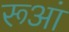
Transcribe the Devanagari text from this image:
रूआं